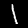
Digit: 1